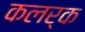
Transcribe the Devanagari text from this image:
कलर्क